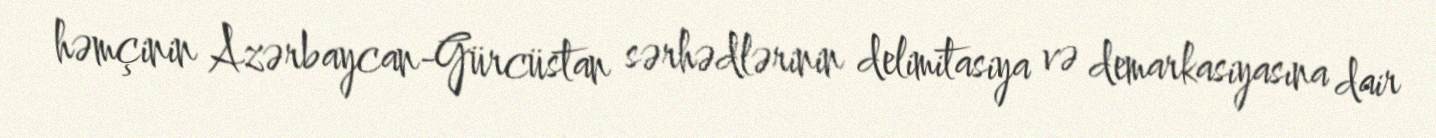
həmçinin Azərbaycan-Gürcüstan sərhədlərinin delimitasiya və demarkasiyasına dair